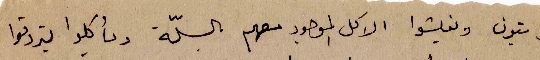
الزيتون ويفلشوا الاكل الموجود معهم بالسلّة. ويأكلوا يتروقوا